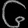
Digit: ၆